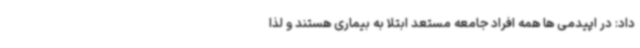
داد: در اپیدمی ها همه افراد جامعه مستعد ابتلا به بیماری هستند و لذا